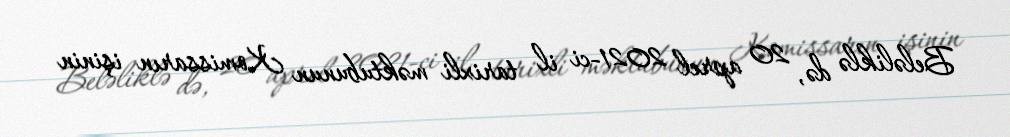
Beləliklə də, 20 aprel 2021-ci il tarixli məktubunun Komissarın işinin